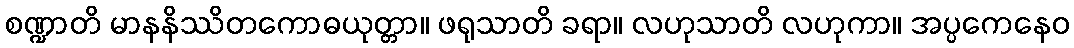
စဏ္ဍာတိ မာနနိဿိတကောဓယုတ္တာ။ ဖရုသာတိ ခရာ။ လဟုသာတိ လဟုကာ။ အပ္ပကေနေဝ